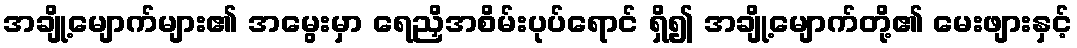
အချို့မျောက်များ၏ အမွေးမှာ ရေညှိအစိမ်းပုပ်ရောင် ရှိ၍ အချို့မျောက်တို့၏ မေးဖျားနှင့်